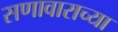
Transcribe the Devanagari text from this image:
सणावाराच्या